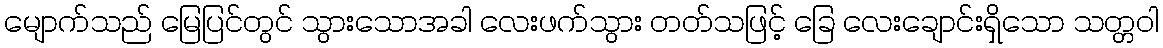
မျောက်သည် မြေပြင်တွင် သွားသောအခါ လေးဖက်သွား တတ်သဖြင့် ခြေ လေးချောင်းရှိသော သတ္တဝါ